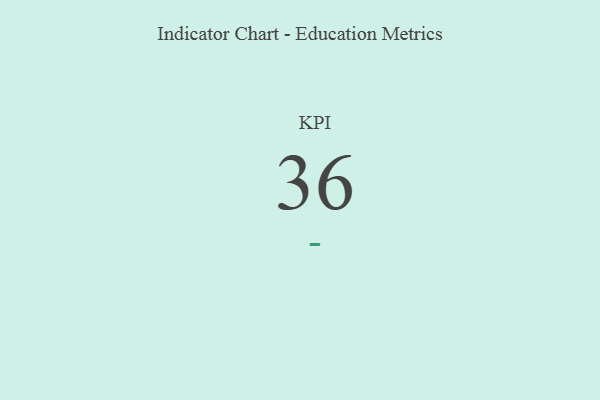
{"axis": {"x": "KPI", "y": "Value"}, "legend": [""], "data": [{"x": "KPI", "y": 36, "type": ""}]}